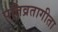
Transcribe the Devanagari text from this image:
पतिव्रतागीता